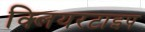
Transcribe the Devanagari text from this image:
क्लियरटाइप